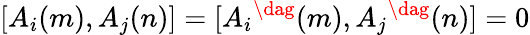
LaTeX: [A_{i}(m),A_{j}(n)]=[A_{i}{}^{\dag}(m),A_{j}{}^{\dag}(n)]=0